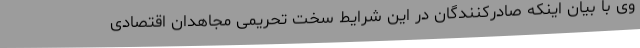
وی با بیان اینکه صادرکنندگان در این شرایط سخت تحریمی مجاهدان اقتصادی